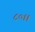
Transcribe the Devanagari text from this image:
८०।।